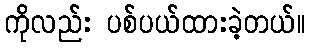
ကိုလည်း ပစ်ပယ်ထားခဲ့တယ်။